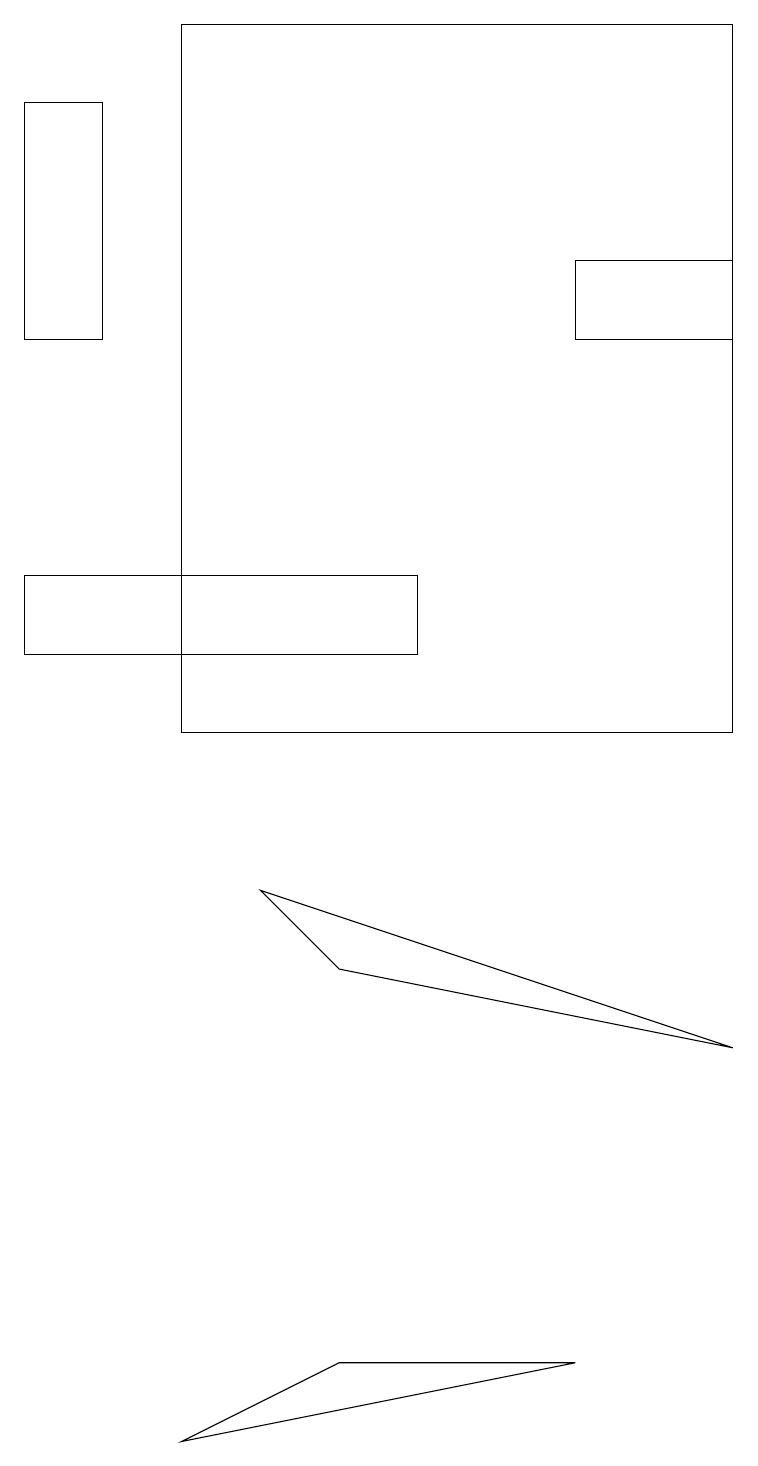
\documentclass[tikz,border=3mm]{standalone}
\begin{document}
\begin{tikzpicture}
\draw (1,18) rectangle (0,15);
\draw (7,2) -- (2,1) -- (4,2) -- cycle;
\draw (9,19) rectangle (2,10);
\draw (9,15) rectangle (7,16);
\draw (0,12) rectangle (5,11);
\draw (3,8) -- (4,7) -- (9,6) -- cycle;
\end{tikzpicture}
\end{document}